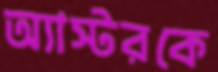
অ্যাস্টরকে